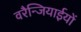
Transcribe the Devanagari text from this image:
वरैन्जियाईयों